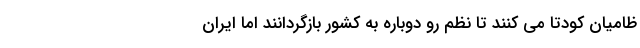
ظامیان کودتا می کنند تا نظم رو دوباره به کشور بازگردانند اما ایران